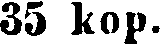
35 kop.